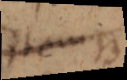
item B